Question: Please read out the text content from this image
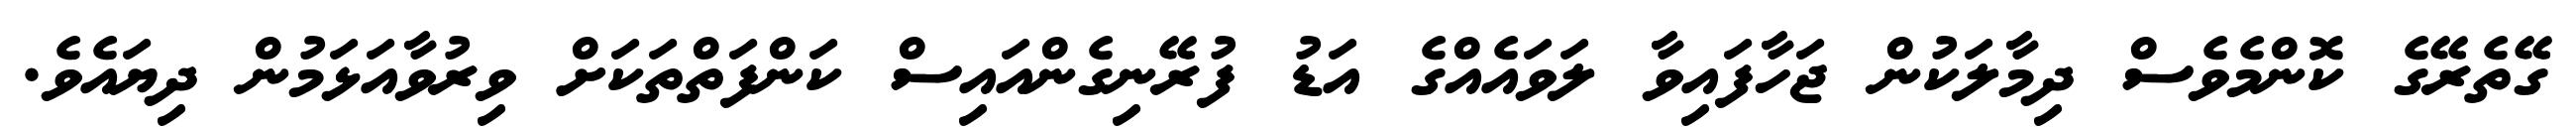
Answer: ގޭތެރޭގެ ކޮންމެވެސް ދިމާލަކުން ޖަހާފައިވާ ލަވައެއްގެ އަޑު ފުރޭނިގެންއައިސް ކަންފަތްތަކަށް ވިރުވާއަޅަމުން ދިޔައެވެ.